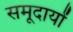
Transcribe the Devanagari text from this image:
समूदायों